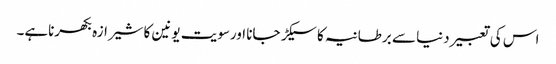
اس کی تعبیر دنیا سے برطانیہ کا سیکڑ جانا اورسویت یونین کا شیرازہ بکھرناہے۔